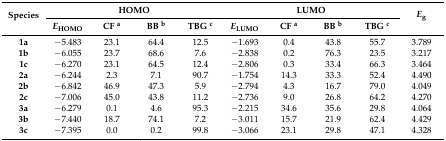
<table><thead><tr><td rowspan="2"><b>Species</b></td><td colspan="4"><b>HOMO</b></td><td colspan="4"><b>LUMO</b></td><td rowspan="2"><b><i>E</i><sub>g</sub></b></td></tr><tr><td><b><i>E</i><sub>HOMO</sub></b></td><td><b>CF <sup>a</sup></b></td><td><b>BB <sup>b</sup></b></td><td><b>TBG <sup>c</sup></b></td><td><b><i>E</i><sub>LUMO</sub></b></td><td><b>CF <sup>a</sup></b></td><td><b>BB <sup>b</sup></b></td><td><b>TBG <sup>c</sup></b></td></tr></thead><tbody><tr><td><b>1a</b></td><td>−5.483</td><td>23.1</td><td>64.4</td><td>12.5</td><td>−1.693</td><td>0.4</td><td>43.8</td><td>55.7</td><td>3.789</td></tr><tr><td><b>1b</b></td><td>−6.055</td><td>23.7</td><td>68.6</td><td>7.6</td><td>−2.838</td><td>0.2</td><td>76.3</td><td>23.5</td><td>3.217</td></tr><tr><td><b>1c</b></td><td>−6.270</td><td>23.1</td><td>64.5</td><td>12.4</td><td>−2.806</td><td>0.3</td><td>33.4</td><td>66.3</td><td>3.464</td></tr><tr><td><b>2a</b></td><td>−6.244</td><td>2.3</td><td>7.1</td><td>90.7</td><td>−1.754</td><td>14.3</td><td>33.3</td><td>52.4</td><td>4.490</td></tr><tr><td><b>2b</b></td><td>−6.842</td><td>46.9</td><td>47.3</td><td>5.9</td><td>−2.794</td><td>4.3</td><td>16.7</td><td>79.0</td><td>4.049</td></tr><tr><td><b>2c</b></td><td>−7.006</td><td>45.0</td><td>43.8</td><td>11.2</td><td>−2.736</td><td>9.0</td><td>26.8</td><td>64.2</td><td>4.270</td></tr><tr><td><b>3a</b></td><td>−6.279</td><td>0.1</td><td>4.6</td><td>95.3</td><td>−2.215</td><td>34.6</td><td>35.6</td><td>29.8</td><td>4.064</td></tr><tr><td><b>3b</b></td><td>−7.440</td><td>18.7</td><td>74.1</td><td>7.2</td><td>−3.011</td><td>15.7</td><td>21.9</td><td>62.4</td><td>4.429</td></tr><tr><td><b>3c</b></td><td>−7.395</td><td>0.0</td><td>0.2</td><td>99.8</td><td>−3.066</td><td>23.1</td><td>29.8</td><td>47.1</td><td>4.328</td></tr></tbody></table>